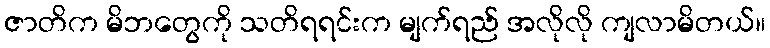
ဇာတိက မိဘတွေကို သတိရရင်းက မျက်ရည် အလိုလို ကျလာမိတယ်။